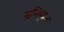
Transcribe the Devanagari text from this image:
भूमिपुत्रश्च